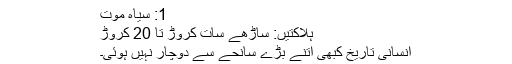
1: سیاہ موت
ہلاکتیں: ساڑھے سات کروڑ تا 20 کروڑ
انسانی تاریخ کبھی اتنے بڑے سانحے سے دوچار نہیں ہوئی۔